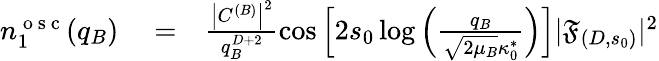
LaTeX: \begin{array}{rlr}{n_{1}^{\mathrm{~o~s~c~}}(q_{B})}&{{}=}&{\frac{\left|C^{(B)}\right|^{2}}{q_{B}^{D+2}}\cos\left[2s_{0}\log\left(\frac{q_{B}}{\sqrt{2\mu_{B}}\kappa_{0}^{*}}\right)\right]|\mathfrak{F}_{(D,s_{0})}|^{2}}\end{array}